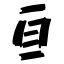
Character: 亘